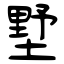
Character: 墅